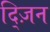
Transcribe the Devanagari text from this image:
द्ज़िन